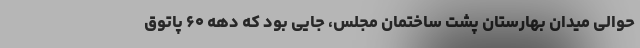
حوالی میدان بهارستان پشت ساختمان ‌مجلس، جایی بود که دهه ۶۰ پاتوق